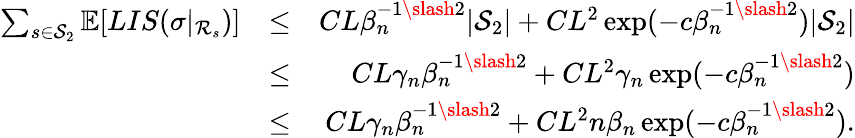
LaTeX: \begin{array}{rlr}{\sum_{s\in\mathcal{S}_{2}}\mathbb{E}[LIS(\sigma|_{\mathcal{R}_{s}})]}&{\leq}&{CL\beta_{n}^{-1\slash 2}|\mathcal{S}_{2}|+CL^{2}\exp(-c\beta_{n}^{-1\slash 2})|\mathcal{S}_{2}|}\\ &{\leq}&{CL\gamma_{n}\beta_{n}^{-1\slash 2}+CL^{2}\gamma_{n}\exp(-c\beta_{n}^{-1\slash 2})}\\ &{\leq}&{CL\gamma_{n}\beta_{n}^{-1\slash 2}+CL^{2}n\beta_{n}\exp(-c\beta_{n}^{-1\slash 2}).}\end{array}